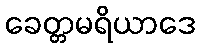
ခေတ္တမရိယာဒေ